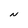
Character: N